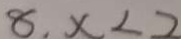
8 , x < 2